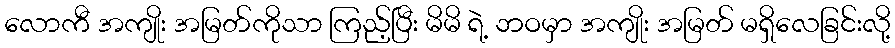
လောကီ အကျိုး အမြတ်ကိုသာ ကြည့်ပြီး မိမိ ရဲ့ ဘဝမှာ အကျိုး အမြတ် မရှိလေခြင်းလို့